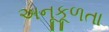
અનૂકૂળતા